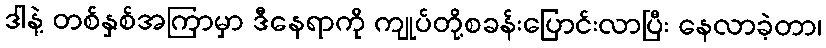
ဒါနဲ့ တစ်နှစ်အကြာမှာ ဒီနေရာကို ကျုပ်တို့စခန်းပြောင်းလာပြီး နေလာခဲ့တာ၊